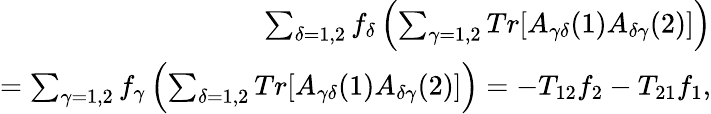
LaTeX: \begin{array}{r}{\sum_{\delta=1,2}f_{\delta}\left(\sum_{\gamma=1,2}Tr[A_{\gamma\delta}(1)A_{\delta\gamma}(2)]\right)}\\ {=\sum_{\gamma=1,2}f_{\gamma}\left(\sum_{\delta=1,2}Tr[A_{\gamma\delta}(1)A_{\delta\gamma}(2)]\right)=-T_{12}f_{2}-T_{21}f_{1},}\end{array}